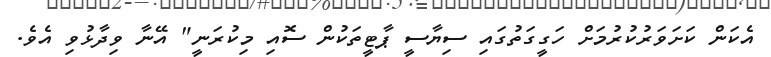
އެކަން ކަށަވަރުކުރުމަށް ހަގީގަތުގައި ސިޔާސީ ޕާޓީތަކުން ސޮއި މިކުރަނީ" އޭނާ ވިދާޅުވި އެވެ.